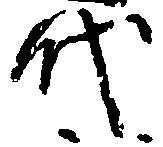
代